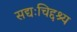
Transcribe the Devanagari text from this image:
सद्यःचिद्दश्य